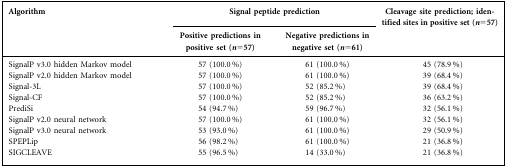
| <ROWSPAN=2> Algorithm | <COLSPAN=2> Signal peptide prediction | <ROWSPAN=2> Cleavage site prediction; identified sites in positive set (n=57) |
 | Positive predictions in positive set (n=57) | Negative predictions in negative set (n=61) |
 | --- | --- | --- | --- |
 | SignalP v3.0 hidden Markov model | 57 (100.0 %) | 61 (100.0 %) | 45 (78.9 %) |
 | SignalP v2.0 hidden Markov model | 57 (100.0 %) | 61 (100.0 %) | 39 (68.4 %) |
 | Signal-3L | 57 (100.0 %) | 52 (85.2 %) | 39 (68.4 %) |
 | Signal-CF | 57 (100.0 %) | 52 (85.2 %) | 36 (63.2 %) |
 | PrediSi | 54 (94.7 %) | 59 (96.7 %) | 32 (56.1 %) |
 | SignalP v2.0 neural network | 57 (100.0 %) | 61 (100.0 %) | 32 (56.1 %) |
 | SignalP v3.0 neural network | 53 (93.0 %) | 61 (100.0 %) | 29 (50.9 %) |
 | SPEPLip | 56 (98.2 %) | 61 (100.0 %) | 21 (36.8 %) |
 | SIGCLEAVE | 55 (96.5 %) | 14 (33.0 %) | 21 (36.8 %) |